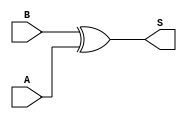
/* Generated by Yosys 0.38+141 (git sha1 078b876f5, clang++ 14.0.0-1ubuntu1.1 -fPIC -Os) */

(* hdlname = "addplus" *)
(* top =  1  *)
(* src = "addveri/addplus.v:1.1-7.10" *)
module addplus(A, B, S);
  (* src = "addveri/addplus.v:2.11-2.12" *)
  input A;
  wire A;
  (* src = "addveri/addplus.v:3.11-3.12" *)
  input B;
  wire B;
  (* src = "addveri/addplus.v:4.12-4.13" *)
  output S;
  wire S;
  assign S = B ^(* src = "addveri/addplus.v:6.16-6.21|/home/ai-i2lab/oss-cad-suite/lib/../share/yosys/techmap.v:288.13-288.20" *)  A;
endmodule